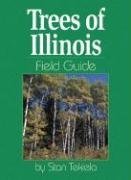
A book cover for Trees of Illinois Field Guide (Field Guides); Stan Tekiela; Travel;